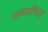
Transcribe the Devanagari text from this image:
प्रम्प्रागित